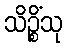
သိဉ္စိံသု